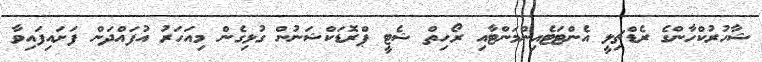
ޝާހުރުކްހާންގެ ރެޑްޗިލީ އެންޓަޓެއިންމަންޓާއި ރޯހިތް ޝެޓީ ޕްރޮޑަކްޝަނުން ގުޅިގެން މިއަހަރު އުފައްދަން ފަށައިފައިވާ